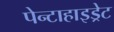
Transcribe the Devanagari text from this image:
पेन्टाहाइड्रेट